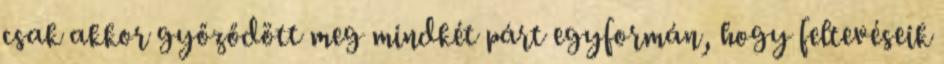
csak akkor győződött meg mindkét párt egyformán, hogy feltevéseik